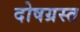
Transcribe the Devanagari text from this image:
दोषग्रस्त